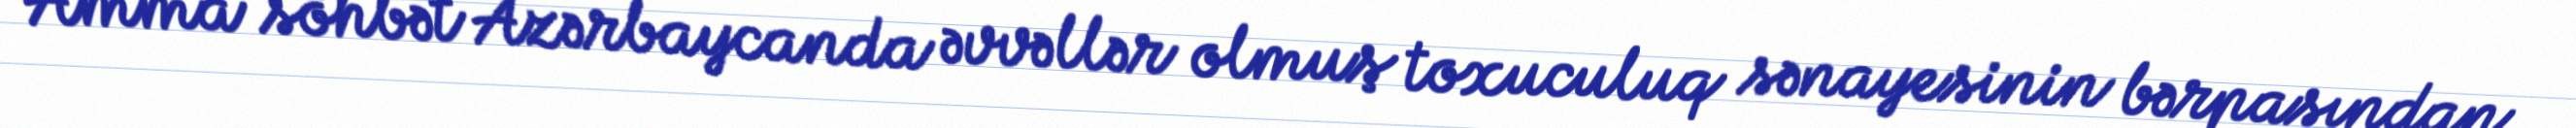
Amma söhbət Azərbaycanda əvvəllər olmuş toxuculuq sənayesinin bərpasından